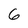
Character: 6